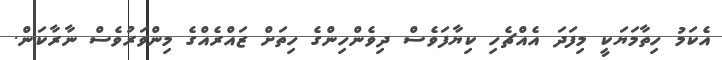
އެކަމު ހިތާމަޔަކީ މިފަދަ އެއްޗެހި ކިޔާފަވެސް ދިވެންހިންގެ ހިތަށް ޒައްރެއްގެ މިންވަރުވެސް ނާރާކަން.